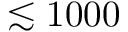
\lesssim 1 0 0 0